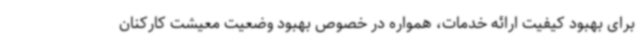
برای بهبود کیفیت ارائه خدمات، همواره در خصوص بهبود وضعیت معیشت کارکنان